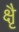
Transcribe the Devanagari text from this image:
क्षैृ